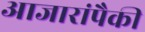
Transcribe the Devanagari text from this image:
आजारांपैकी